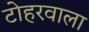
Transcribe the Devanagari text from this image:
टोहरवाला